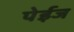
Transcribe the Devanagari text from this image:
पेईज